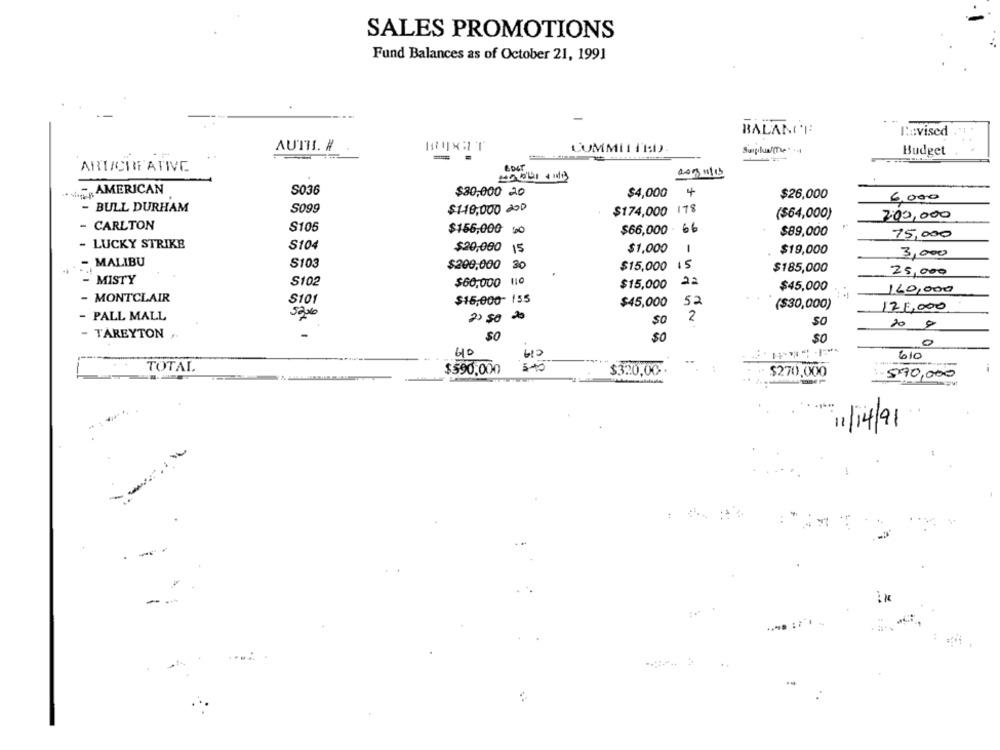
SALES PROMOTIONS
Fund Balances as of October 21, 1991
BALANCE
Revised
AUTH. #
CUMMII IR:D).
Budget
-
ART/CREATIVE
209/11/15
AMERICAN
S036
$30,000 20
$4,000
4
$26,000
6,000
- BULL DURHAM
S099
$110,000 200
$174,000 178
($64,000)
200,000
- CARLTON
S105
$156,000 50
$66,000 66
$89,000
75,000
- LUCKY STRIKE
S104
1
$20,000 15
$1,000
$19,000
3,000
- MALIBU
S103
$200,000
30
$15,000 IS
$185,000
25,000
MISTY
S102
$60,000 110
$15,000
22
$45,000
160,000
MONTCLAIR
S101
$16,000- 155
$45,000
($30,000)
125,000
- PALL MALL
2) 50 20
$0
2
20
TAREYTON ..
$0
$0
0
40
613
---
610
TOTAL
$590,000
$320,00.
$270,000
570,000
11/14/91
-
..